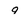
Character: 9